[Report on the health of British troops in the Madras command]
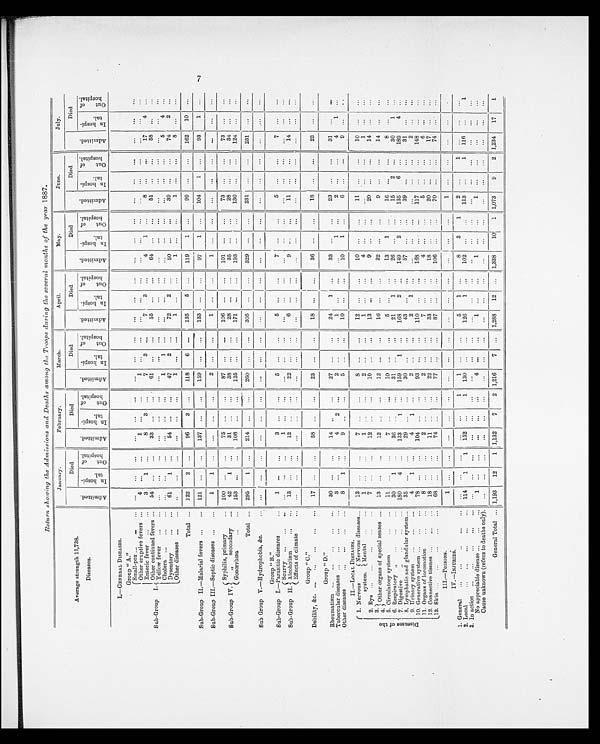
Return showing the Admissions and Deaths among the Troops during the several months of the year 1887.
Average strength 11,738.
Diseases.
January.
February.
March.
April.
May.
June.
July.
A d m i t t e d .
Died
A d m i t t e d .
Died
A d m i t t e d .
Died
A d m i t t e d .
Died
A d m i t t e d .
Died
A d m i t t e d .
Died
A d m i t t e d .
Died
I n h o s p i t a l .
O u t o f h o s p i t a l
I n h o s p i t a l .
O u t o f h o s p i t a l .
I n h o s p i t a l .
O u t o f h o s p i t a l .
I n h o s p i t a l .
O u t o f h o s p i t a l .
I n h o s p i t a l .
O u t o f h o s p i t a l .
I n h o s p i t a l .
O u t o f h o s p i t a l .
I n h o s p i t a l .
O u t o f h o s p i t a l .
I.—GENERAL DISEASES.
Group "A."
Sub Group I.
Small-pox
. . .
...
...
. . .
. . .
. . .
...
...
. . .
. . .
...
. . .
...
...
...
. . .
...
. . .
...
...
. . .
. . .
. . .
...
Other eruptive fevers
. . .
4
. . .
. . .
1
...
. . .
1
...
...
...
...
. . .
. . .
. . .
...
...
...
Enteric fever
...
...
3
1
. . .
8
3
7
3
...
7
3
...
4
1
...
8
...
...
17
4
...
Other continued fevers . . .
54
...
33
...
61
...
...
55
...
...
64
...
...
51
,..
...
58
...
Yellow fever
...
...
...
...
...
...
...
...
...
...
...
...
...
...
...
...
...
...
C holera ...
...
...
...
...
...
...
1
1
...
. . .
. . .
. . .
...
...
...
...
...
...
5
4
...
Dysentery
61
1
54
...
...
47
2
72
2
...
50
...
...
39
...
...
74
2
...
Other diseases ...
...
. . .
...
...
1
...
...
1
...
...
1
...
...
1
...
...
8
...
...
Total ...
122
96
3
...
118
6
...
135
5
...
119
1
...
99
...
...
162
10
. . .
Sub-Group II—Malarial fevers ...
. . .
121
. . .
. . .
137
. . .
. . .
159
...
. . .
133
. . .
. . .
97
1
...
104
1
. . .
93
1
. . .
Sub-Group III.—Septic diseases
. . . ...
1
1
...
...
...
...
2
...
. . .
1
...
...
1
...
...
...
...
. . .
. . .
...
...
Sub-Group IV.
Syphilis, primary
. . .
100
...
...
75
...
87
...
...
106
...
...
101
...
...
73
...
...
73
...
...
secondary
. . .
42
1
...
31
...
...
38
...
28
...
...
35
...
...
28
...
34
...
...
Gonorrhoea
...
153
...
108
. . .
. . .
135
...
...
171
...
. . .
193
...
...
130
...
124
...
. . .
Total ...
295
...
214
...
. . .
260
...
...
305
...
...
329
...
...
231
...
...
231
...
. . .
Sub Group V.—Hydrophobia, &c.
...
...
...
...
...
. . .
...
...
...
. . .
...
...
...
...
...
...
...
...
. . .
Group "B."
Sub-Group I.—Parasitic diseases
...
1
. . .
...
3
...
...
5
...
...
5
..
. . .
7
...
...
5
...
...
7
...
. . .
Scurvy
...
. . .
1
...
. . .
...
...
...
Sub Group II. Alcoholism
13
...
. . .
12
...
...
22
...
...
6
...
. . .
9
...
11
14 ...
. . .
Effects of climate
...
...
...
...
...
...
...
. . .
...
...
...
Group " C."
Debility, &c.
...
17
...
...
58
23
18
...
...
36
...
...
18
...
23
...
...
Group "D."
Rheumatism
...
...
. . .
30
...
...
14
27
...
24
1
...
33
...
...
23
...
...
31
...
. . .
Tubercular diseases ...
. . .
...
3
. . .
4
2
. . .
2
1
...
1
...
2
...
...
4
1
...
Other diseases
...
...
...
...
8
1
9
5
. . .
10
...
...
10
1
...
6
...
9
_
...
. . .
II. LOCAL DISEASES.
D i s e a s e s o f t h e
1. Nervous
system.
Nervous diseases
13
...
7
...
...
8
...
...
12
...
...
10
11
...
...
10
...
Mental ...
1
...
...
1
...
2
...
1
...
...
4
. . .
...
1
2. Eye ...
...
7
...
. . .
12
...
...
10
13
...
...
9
...
20
...
. . .
14
...
3.
Other organs of special senses ...
13
...
12
...
1 2
. . .
16
...
. . .
22
...
...
9
...
. . .
14
4.
5. Circulatory system
1 1
...
. . .
7
. . .
10
...
. . .
5
. . .
...
13
1
...
16
...
...
8
6. Respiratory „
30
1
...
36
. . .
...
31
...
21
...
26
. . .
...
15
2
...
30
1
. . .
7. Digestive
„
180
4
...
133
1
...
159
1
...
168
2
. . .
149
2
. . .
135
6
. . .
189
4
8. Lymphatic and glandular system
35
...
...
29
...
30
...
43
...
...
57
...
...
39
...
. . .
31
9. Urinary system
...
4
1
...
4
1
...
2
...
2
1
. . .
...
...
...
...
2
10. Generative system
78
...
...
104
...
93
...
...
110
...
...
168
...
117
...
148
11. Organs of locomotion
...
8
...
...
2
...
2
..
7
4
5
...
...
6
...
12. Connective tissues
18
...
. . .
11
... • ...
22
...
...
33
...
...
18
...
20
...
...
17
13. Skin ...
...
68
...
. . .
74
. . .
77
...
87
...
106
...
70
...
...
74
III.—POISONS.
1
1
...
...
IV.—INJURIES.
1. General
...
...
1
1
...
...
5
1
...
8
3
1
2
...
1
...
...
2. Local
... ...
...
...
...
1 1 4
1
1
152
...
1
130
126
1
...
102
...
...
113
...
1
116
...
1
3. In action
...
...
...
...
...
...
...
...
No appreciable disease ...
.
.
1
...
..,
...
...
4
...
1
...
...
1
,..
1
...
...
...
Cause unknown (refers to deaths only).
. . .
...
...
...
...
...
...
...
...
...
General Total
1 , 1 9 3
12
1 1,132
7
2 1,216
7
...
1,288
12
...
1 ,338
10
1
1, 073
9
2
1,234
17
1